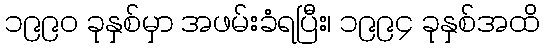
၁၉၉၀ ခုနှစ်မှာ အဖမ်းခံရပြီး၊ ၁၉၉၄ ခုနှစ်အထိ